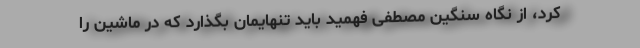
کرد، از نگاه سنگین مصطفی فهمید باید تنهایمان بگذارد که در ماشین را